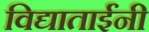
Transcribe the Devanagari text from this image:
विद्याताईंनी